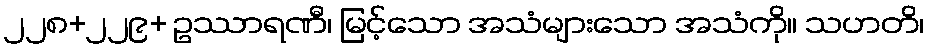
၂၂၈+၂၂၉+ ဥဿာရဏီ၊ မြင့်သော အသံများသော အသံကို။ သဟတိ၊